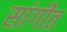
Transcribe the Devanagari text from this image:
सांगीत